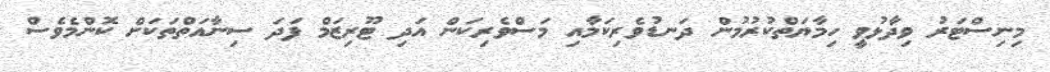
މިނިސްޓަރު ވިދާޅުވީ ހިމާޔަތްކުރުމުން ދަނޑުވެރިކަމާއި މަސްވެރިކަން އަދި ޓޫރިޒަމް ފަދަ ސިނާއަތްތަކަށް ކޮންމެވެސް